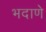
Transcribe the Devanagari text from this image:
भदाणे